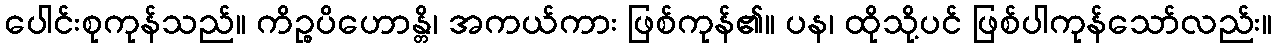
ပေါင်းစုကုန်သည်။ ကိဉ္စပိဟောန္တိ၊ အကယ်ကား ဖြစ်ကုန်၏။ ပန၊ ထိုသို့ပင် ဖြစ်ပါကုန်သော်လည်း။